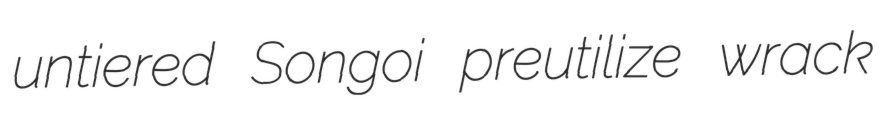
untiered Songoi preutilize wrack